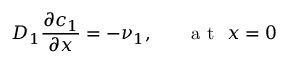
D _ { 1 } \frac { \partial c _ { 1 } } { \partial x } = - \nu _ { 1 } , ~ ~ ~ ~ ~ \mathrm { ~ a ~ t ~ } ~ x = 0